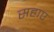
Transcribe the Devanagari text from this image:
सहाए